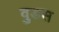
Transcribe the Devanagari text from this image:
वुडस